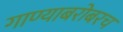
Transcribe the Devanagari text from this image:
गाण्याबरोबरच